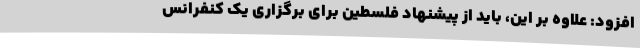
افزود: علاوه بر این، باید از پیشنهاد فلسطین برای برگزاری یک کنفرانس